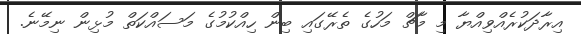
އިރާދަކުރެއްވިއްޔާ މި މާޗް މަހުގެ ތެރޭގައި ބިން ހިއްކުމުގެ މަސައްކަތް މުޅިން ނިމޭނެ.